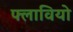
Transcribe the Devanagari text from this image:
फ्लावियो